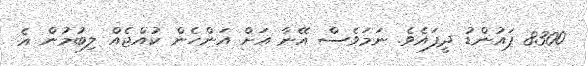
8300 ޕައުންޑު ދީފައެވެ. ނަމަވެސް އޭނާ އަށް އަންހެން ކުއްޖެއް ލިބުމުން އެ